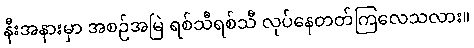
နီးအနားမှာ အစဉ်အမြဲ ရစ်သီရစ်သီ လုပ်နေတတ်ကြလေသလား။